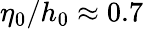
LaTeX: \eta_{0}/h_{0}\approx 0.7